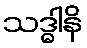
သဒ္ဓါနိ